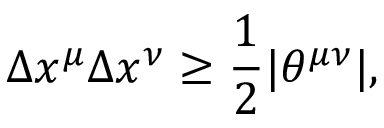
\Delta x ^ { \mu } \Delta x ^ { \nu } \ge { \frac { 1 } { 2 } } | \theta ^ { \mu \nu } | ,